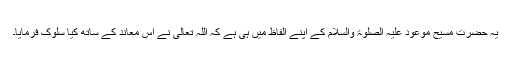
یہ حضرت مسیح موعود علیہ الصلوٰۃ والسلام کے اپنے الفاظ میں ہی ہے کہ اللہ تعالیٰ نے اس معاند کے ساتھ کیا سلوک فرمایا۔